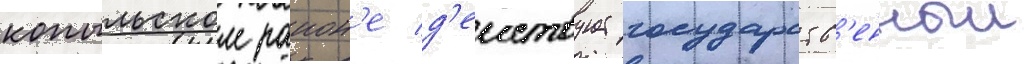
копыльском раион'е д'еиствует государств'енныи